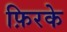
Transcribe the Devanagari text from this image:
फ़िरके